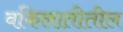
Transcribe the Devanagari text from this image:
वकिलातीतील